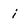
Character: i